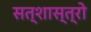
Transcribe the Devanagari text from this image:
सत्शास्त्रो